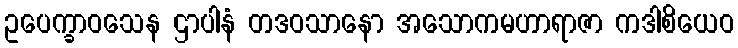
ဥပေက္ခာဝသေန ဌာပါနံ တဒဝသာနော အသောကမဟာရာဇာ ကဒါစိယေဝ